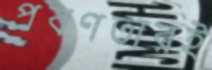
প্রবণতারই